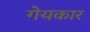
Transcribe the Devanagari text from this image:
गेयकार